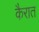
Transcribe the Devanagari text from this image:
कैरात